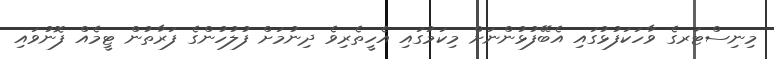
މިނިސްޓަރގެ ވާހަކަފުޅުގައި އެބޭފުޅުންނަށް މިކަމުގައި އެހީތެރިވެ ދިނުމަށް ފުލުހުންގެ ފަރާތުން ޓީމެއް ފޮނުވައި